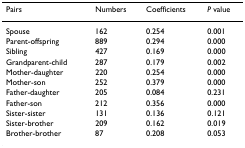
<table><thead><tr><td><b>Pairs</b></td><td><b>Numbers</b></td><td><b>Coefficients</b></td><td><b><i>P </i>value</b></td></tr></thead><tbody><tr><td>Spouse</td><td>162</td><td>0.254</td><td>0.001</td></tr><tr><td>Parent-offspring</td><td>889</td><td>0.294</td><td>0.000</td></tr><tr><td>Sibling</td><td>427</td><td>0.169</td><td>0.000</td></tr><tr><td>Grandparent-child</td><td>287</td><td>0.179</td><td>0.002</td></tr><tr><td>Mother-daughter</td><td>220</td><td>0.254</td><td>0.000</td></tr><tr><td>Mother-son</td><td>252</td><td>0.379</td><td>0.000</td></tr><tr><td>Father-daughter</td><td>205</td><td>0.084</td><td>0.231</td></tr><tr><td>Father-son</td><td>212</td><td>0.356</td><td>0.000</td></tr><tr><td>Sister-sister</td><td>131</td><td>0.136</td><td>0.121</td></tr><tr><td>Sister-brother</td><td>209</td><td>0.162</td><td>0.019</td></tr><tr><td>Brother-brother</td><td>87</td><td>0.208</td><td>0.053</td></tr></tbody></table>